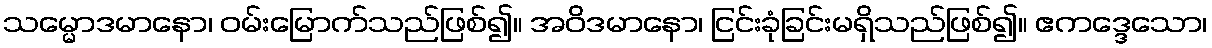
သမ္မောဒမာနော၊ ဝမ်းမြောက်သည်ဖြစ်၍။ အဝိဒမာနော၊ ငြင်းခုံခြင်းမရှိသည်ဖြစ်၍။ ဧကဒ္ဒေသော၊